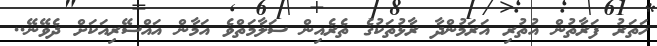
ހަތަރު ފަރާތުން އުތުރި އަރަމުންދާ ރާޅުތަކުގެ ތެރެއިން ސަލާމަތްވެ އަމާން އައްސޭރިއަކަށް ދެވޭނޭ..